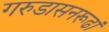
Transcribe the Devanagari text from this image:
गरुडासनरूढां